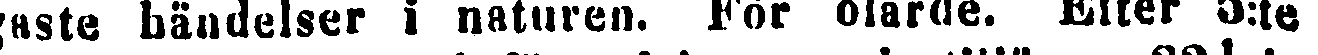
gaste händelser i naturen. För olärde. Efter 5:te